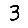
Digit: 3